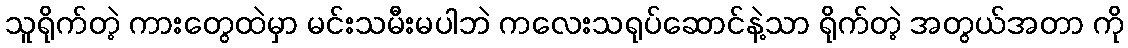
သူရိုက်တဲ့ ကားတွေထဲမှာ မင်းသမီးမပါဘဲ ကလေးသရုပ်ဆောင်နဲ့သာ ရိုက်တဲ့ အတွယ်အတာ ကို